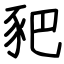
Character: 豝